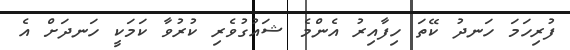
ފުރިހަމަ ހަނދު ކޭތަ ހިފާއިރު އެންމެ ޝައުގުވެރި ކުރުވާ ކަމަކީ ހަނދަށް އެ